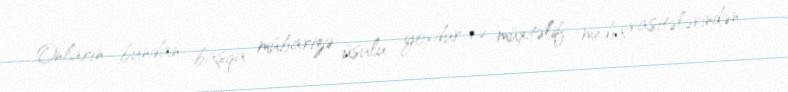
Onların bundan başqa mübarizə üsulu yoxdur və müxtəlif media vasitələrindən